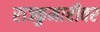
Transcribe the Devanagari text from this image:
राज्कुमारीवर